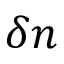
\delta n